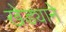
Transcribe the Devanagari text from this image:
खेड्याने